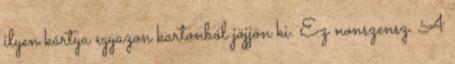
ilyen kártya egyazon kartonból jöjjön ki. Ez nonszensz. A